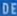
DDEE